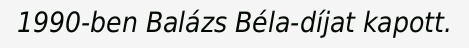
1990-ben Balázs Béla-díjat kapott.